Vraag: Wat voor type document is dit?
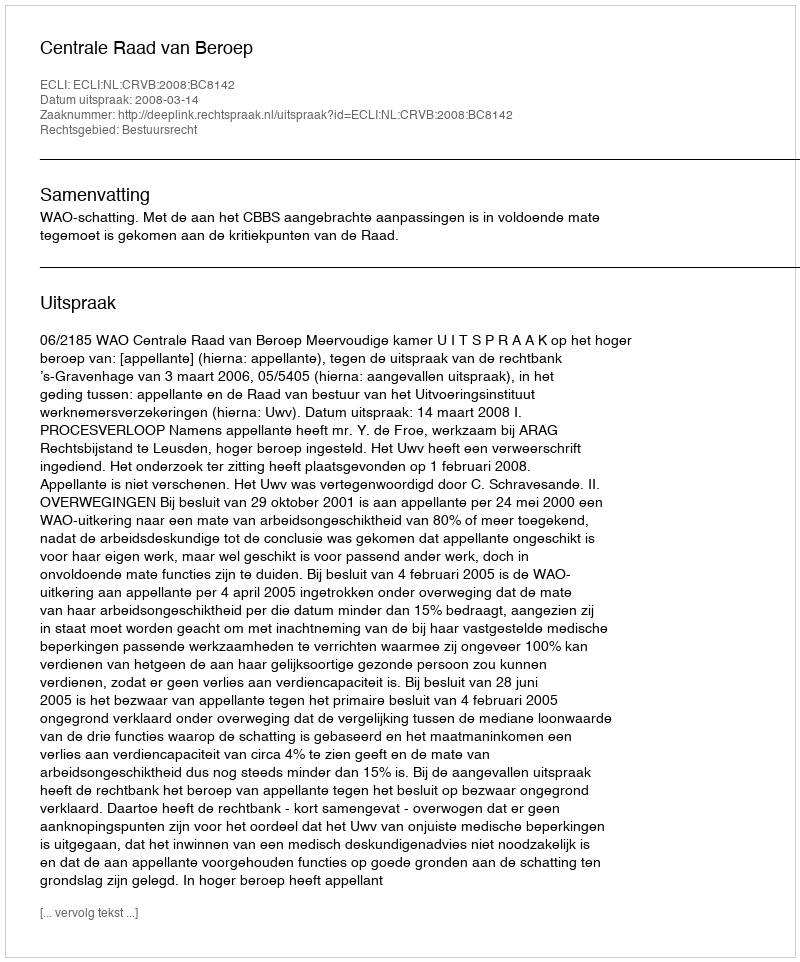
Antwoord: Uitspraak